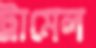
ট্রামেল